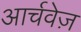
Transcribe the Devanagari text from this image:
आर्चवेज़